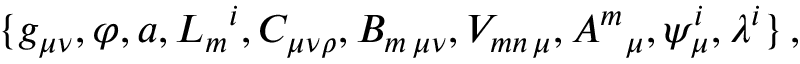
\{ g _ { \mu \nu } , \varphi , a , L _ { m } { } ^ { i } , C _ { \mu \nu \rho } , B _ { m \, \mu \nu } , V _ { m n \, \mu } , A ^ { m } { } _ { \mu } , \psi _ { \mu } ^ { i } , \lambda ^ { i } \} \, ,